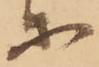
等